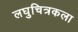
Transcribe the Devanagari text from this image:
लघुचित्रकला